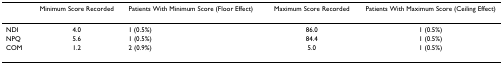
|  | Minimum Score Recorded | Patients With Minimum Score (Floor Effect) | Maximum Score Recorded | Patients With Maximum Score (Ceiling Effect) |
 | --- | --- | --- | --- | --- |
 | NDI | 4.0 | 1 (0.5%) | 86.0 | 1 (0.5%) |
 | NPQ | 5.6 | 1 (0.5%) | 84.4 | 1 (0.5%) |
 | COM | 1.2 | 2 (0.9%) | 5.0 | 1 (0.5%) |